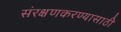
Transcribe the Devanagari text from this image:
संरक्षणकरण्यासाठी